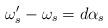
LaTeX: \begin{align*}\omega'_{s} - \omega_{s} = d\alpha_{s}\end{align*}